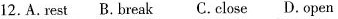
12. A.rest B.break C. close D.open